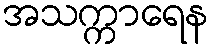
အသက္ကာရေန